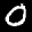
Label: 0